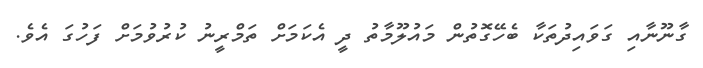
ގާނޫނާއި ގަވައިދުތަކާ ބެހޭގޮތުން މައުލޫމާތު ދީ އެކަމަށް ތަމްރީނު ކުރުވުމަށް ފަހުގަ އެވެ.